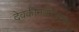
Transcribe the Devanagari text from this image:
देवकीनयनोत्सवः।